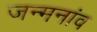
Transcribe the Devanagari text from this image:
जन्मनांव